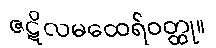
ဇဋိလမထေရ်ဝတ္ထု။